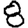
Digit: 8